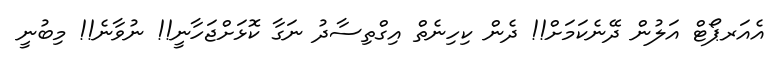
އެއަރޕޯޓް އަލުން ދޭނެކަމަށް!! ދެން ކިހިނެތް އިގްތިސާދު ނަގާ ކޮޅަށްޖަހާނީ!! ނުވާނެ!! މިބުނީ